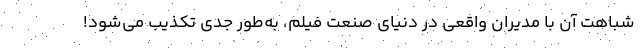
شباهت آن با مدیران واقعی در دنیای صنعت فیلم، به‌طور جدی تکذیب می‌شود!